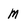
Character: M